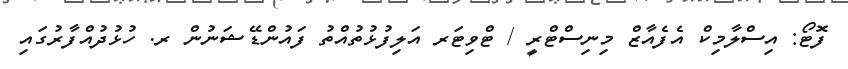
ފޮޓޯ: އިސްލާމިކް އެފެއާޒް މިނިސްޓްރީ / ޓްވިޓަރ އަލިފުޅުތުއްތު ފައުންޑޭޝަނުން ރ. ހުޅުދުއްފާރުގައި